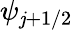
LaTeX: \psi_{\mathit{j}+1/2}